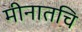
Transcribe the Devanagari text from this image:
मीनातचि